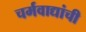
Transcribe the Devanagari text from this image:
चर्मवाद्यांची